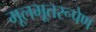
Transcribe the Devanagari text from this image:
मूलभूतरूपेण